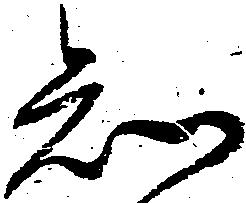
知